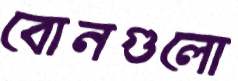
বোনগুলো